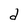
Character: d